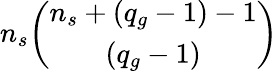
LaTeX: n_{s}\binom{n_{s}+(q_{g}-1)-1}{(q_{g}-1)}